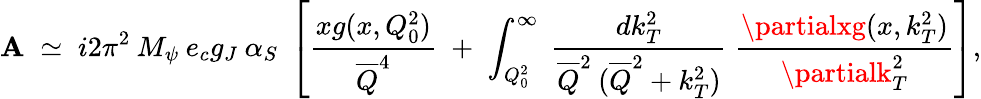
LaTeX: \mathbf{A}\; \simeq\; i2\pi^{2}\: M_{\psi}\: e_{c}g_{J}\: \alpha_{S}\; \left[\frac{{xg(x,Q_{0}^{2})}}{{\overline{{{{Q}}}}^{4}}}\; +\; \int_{Q_{0}^{2}}^{\infty}\; \frac{{dk_{T}^{2}}}{{\overline{{{{Q}}}}^{2}\: (\overline{{{{Q}}}}^{2}+k_{T}^{2})}}\; \frac{{\partialxg(x,k_{T}^{2})}}{{\partialk_{T}^{2}}}\right],